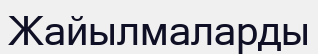
Жайылмаларды